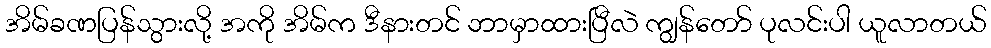
အိမ်ခဏပြန်သွားလို့ အကို အိမ်က ဒီနားတင် ဘာမှာထားပြီလဲ ကျွန်တော် ပုလင်းပါ ယူလာတယ်